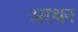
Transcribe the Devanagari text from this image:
अरथन